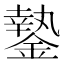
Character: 䥍